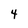
Character: 4